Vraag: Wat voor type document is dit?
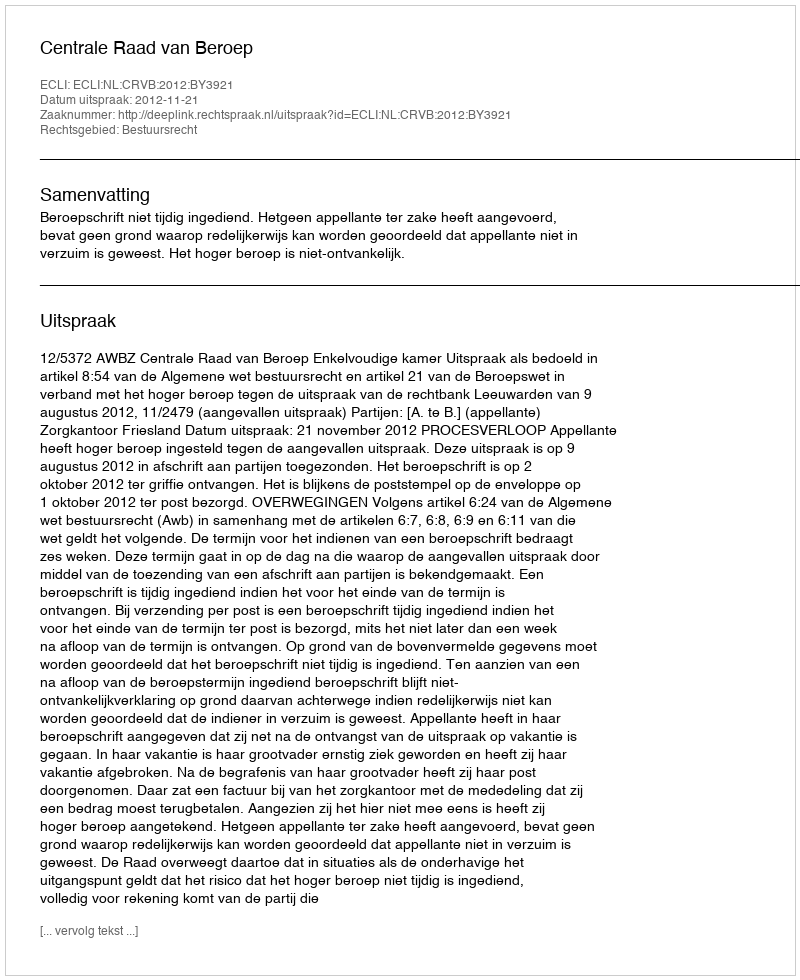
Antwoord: Uitspraak